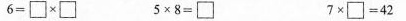
$$6=\square\times\square$$ $$5\times8=\square$$ $$7\times\square=42$$